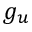
g _ { u }